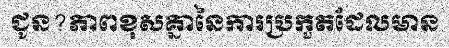
ជូន?ភាពខុសគ្នានៃការប្រកួតដែលមាន